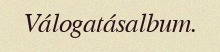
Válogatásalbum.